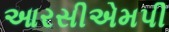
આરસીએમપી